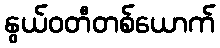
နွယ်ဝတီတစ်ယောက်